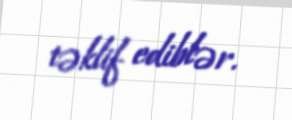
təklif ediblər.